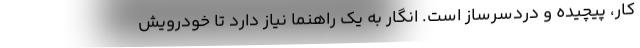
کار، پیچیده و دردسرساز است. انگار به یک راهنما نیاز دارد تا خودرویش